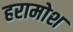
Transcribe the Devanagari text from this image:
हरामोश